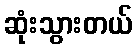
ဆုံးသွားတယ်